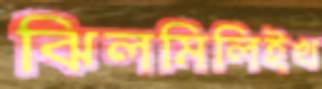
ঝিলমিলিইখ